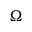
\Omega